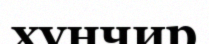
хунчир